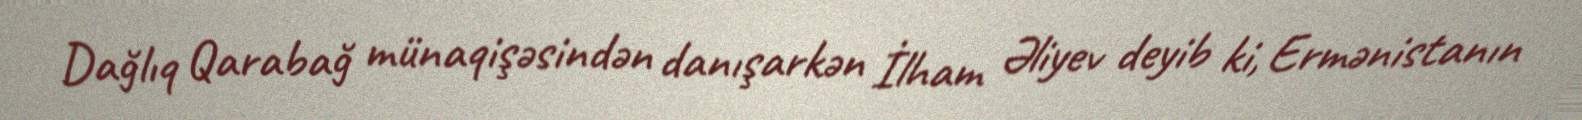
Dağlıq Qarabağ münaqişəsindən danışarkən İlham Əliyev deyib ki, Ermənistanın